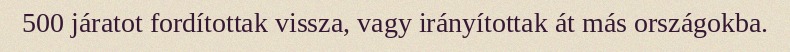
500 járatot fordítottak vissza, vagy irányítottak át más országokba.